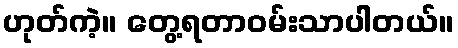
ဟုတ်ကဲ့။ တွေ့ရတာဝမ်းသာပါတယ်။